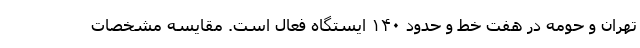
تهران و حومه در هفت خط و حدود ۱۴۰ ایستگاه فعال است. مقایسه مشخصات